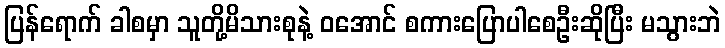
ပြန်ရောက် ခါစမှာ သူတို့မိသားစုနဲ့ ဝအောင် စကားပြောပါစေဦးဆိုပြီး မသွားဘဲ